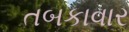
તબકાવાર